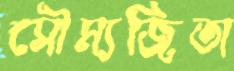
সৌম্যজিতা